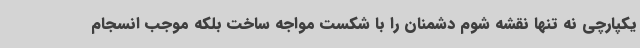
یکپارچی نه تنها نقشه شوم دشمنان را با شکست مواجه ساخت بلکه موجب انسجام